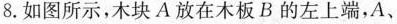
8.如图所示，木块A放在木板B的左上端，A、